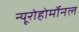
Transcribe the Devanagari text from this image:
न्यूरोहोर्मोनल